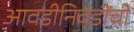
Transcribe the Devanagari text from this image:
आवडीनिवडींची